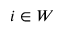
i \in W